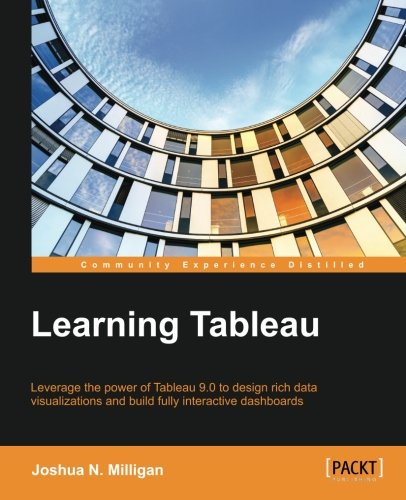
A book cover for Learning Tableau - How Data Visualization Brings Business Intelligence to Life; Joshua N. Milligan; Computers & Technology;